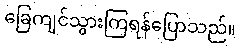
ခြေကျင်သွားကြရန်ပြောသည်။